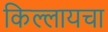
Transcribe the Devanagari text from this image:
किल्लायचा